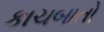
કાચબાતો